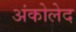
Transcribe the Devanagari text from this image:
अंकोलेद